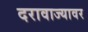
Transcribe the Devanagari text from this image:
दरावाज्यावर